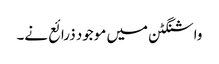
واشنگٹن میں موجود ذرائع نے۔